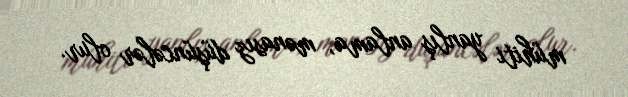
mühiti yanlış anlama, mənasız düşüncələr olur.